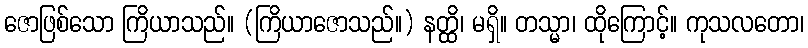
ဇောဖြစ်သော ကြိယာသည်။ (ကြိယာဇောသည်။) နတ္ထိ၊ မရှိ။ တသ္မာ၊ ထိုကြောင့်။ ကုသလတော၊